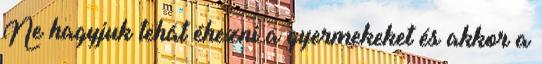
Ne hagyjuk tehát éhezni a gyermekeket és akkor a